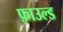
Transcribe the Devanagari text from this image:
फ़ाउल्ड